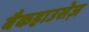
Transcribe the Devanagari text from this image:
बैकहाउसेज़